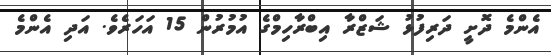
އެންމެ ދޮށީ ދަރިފުޅު ޝަޒްރާ އިބްރާހިމްގެ އުމުރުން 15 އަހަރެވެ. އަދި އެންމެ